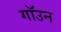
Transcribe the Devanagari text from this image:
गॉउन